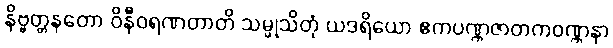
နိဗ္ဗတ္တနတော ဝိနီဝရဏတာတိ သမ္ဖုသိတုံ ယဒရိယော ဧကပဏ္ဏဇာတကဝဏ္ဏနာ